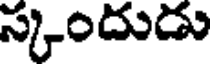
స్కందుడు